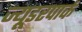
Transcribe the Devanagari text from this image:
ज्यूडरपार्क